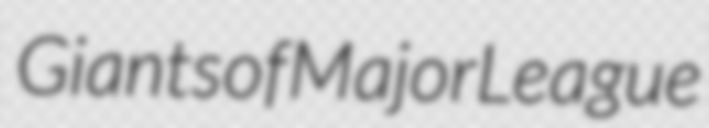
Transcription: Giants of Major League